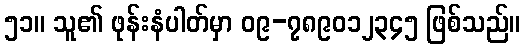
၅၁။ သူ၏ ဖုန်းနံပါတ်မှာ ၀၉-၇၈၉၀၁၂၃၄၅ ဖြစ်သည်။